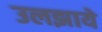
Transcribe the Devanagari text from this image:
उलझाये